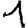
Digit: 1